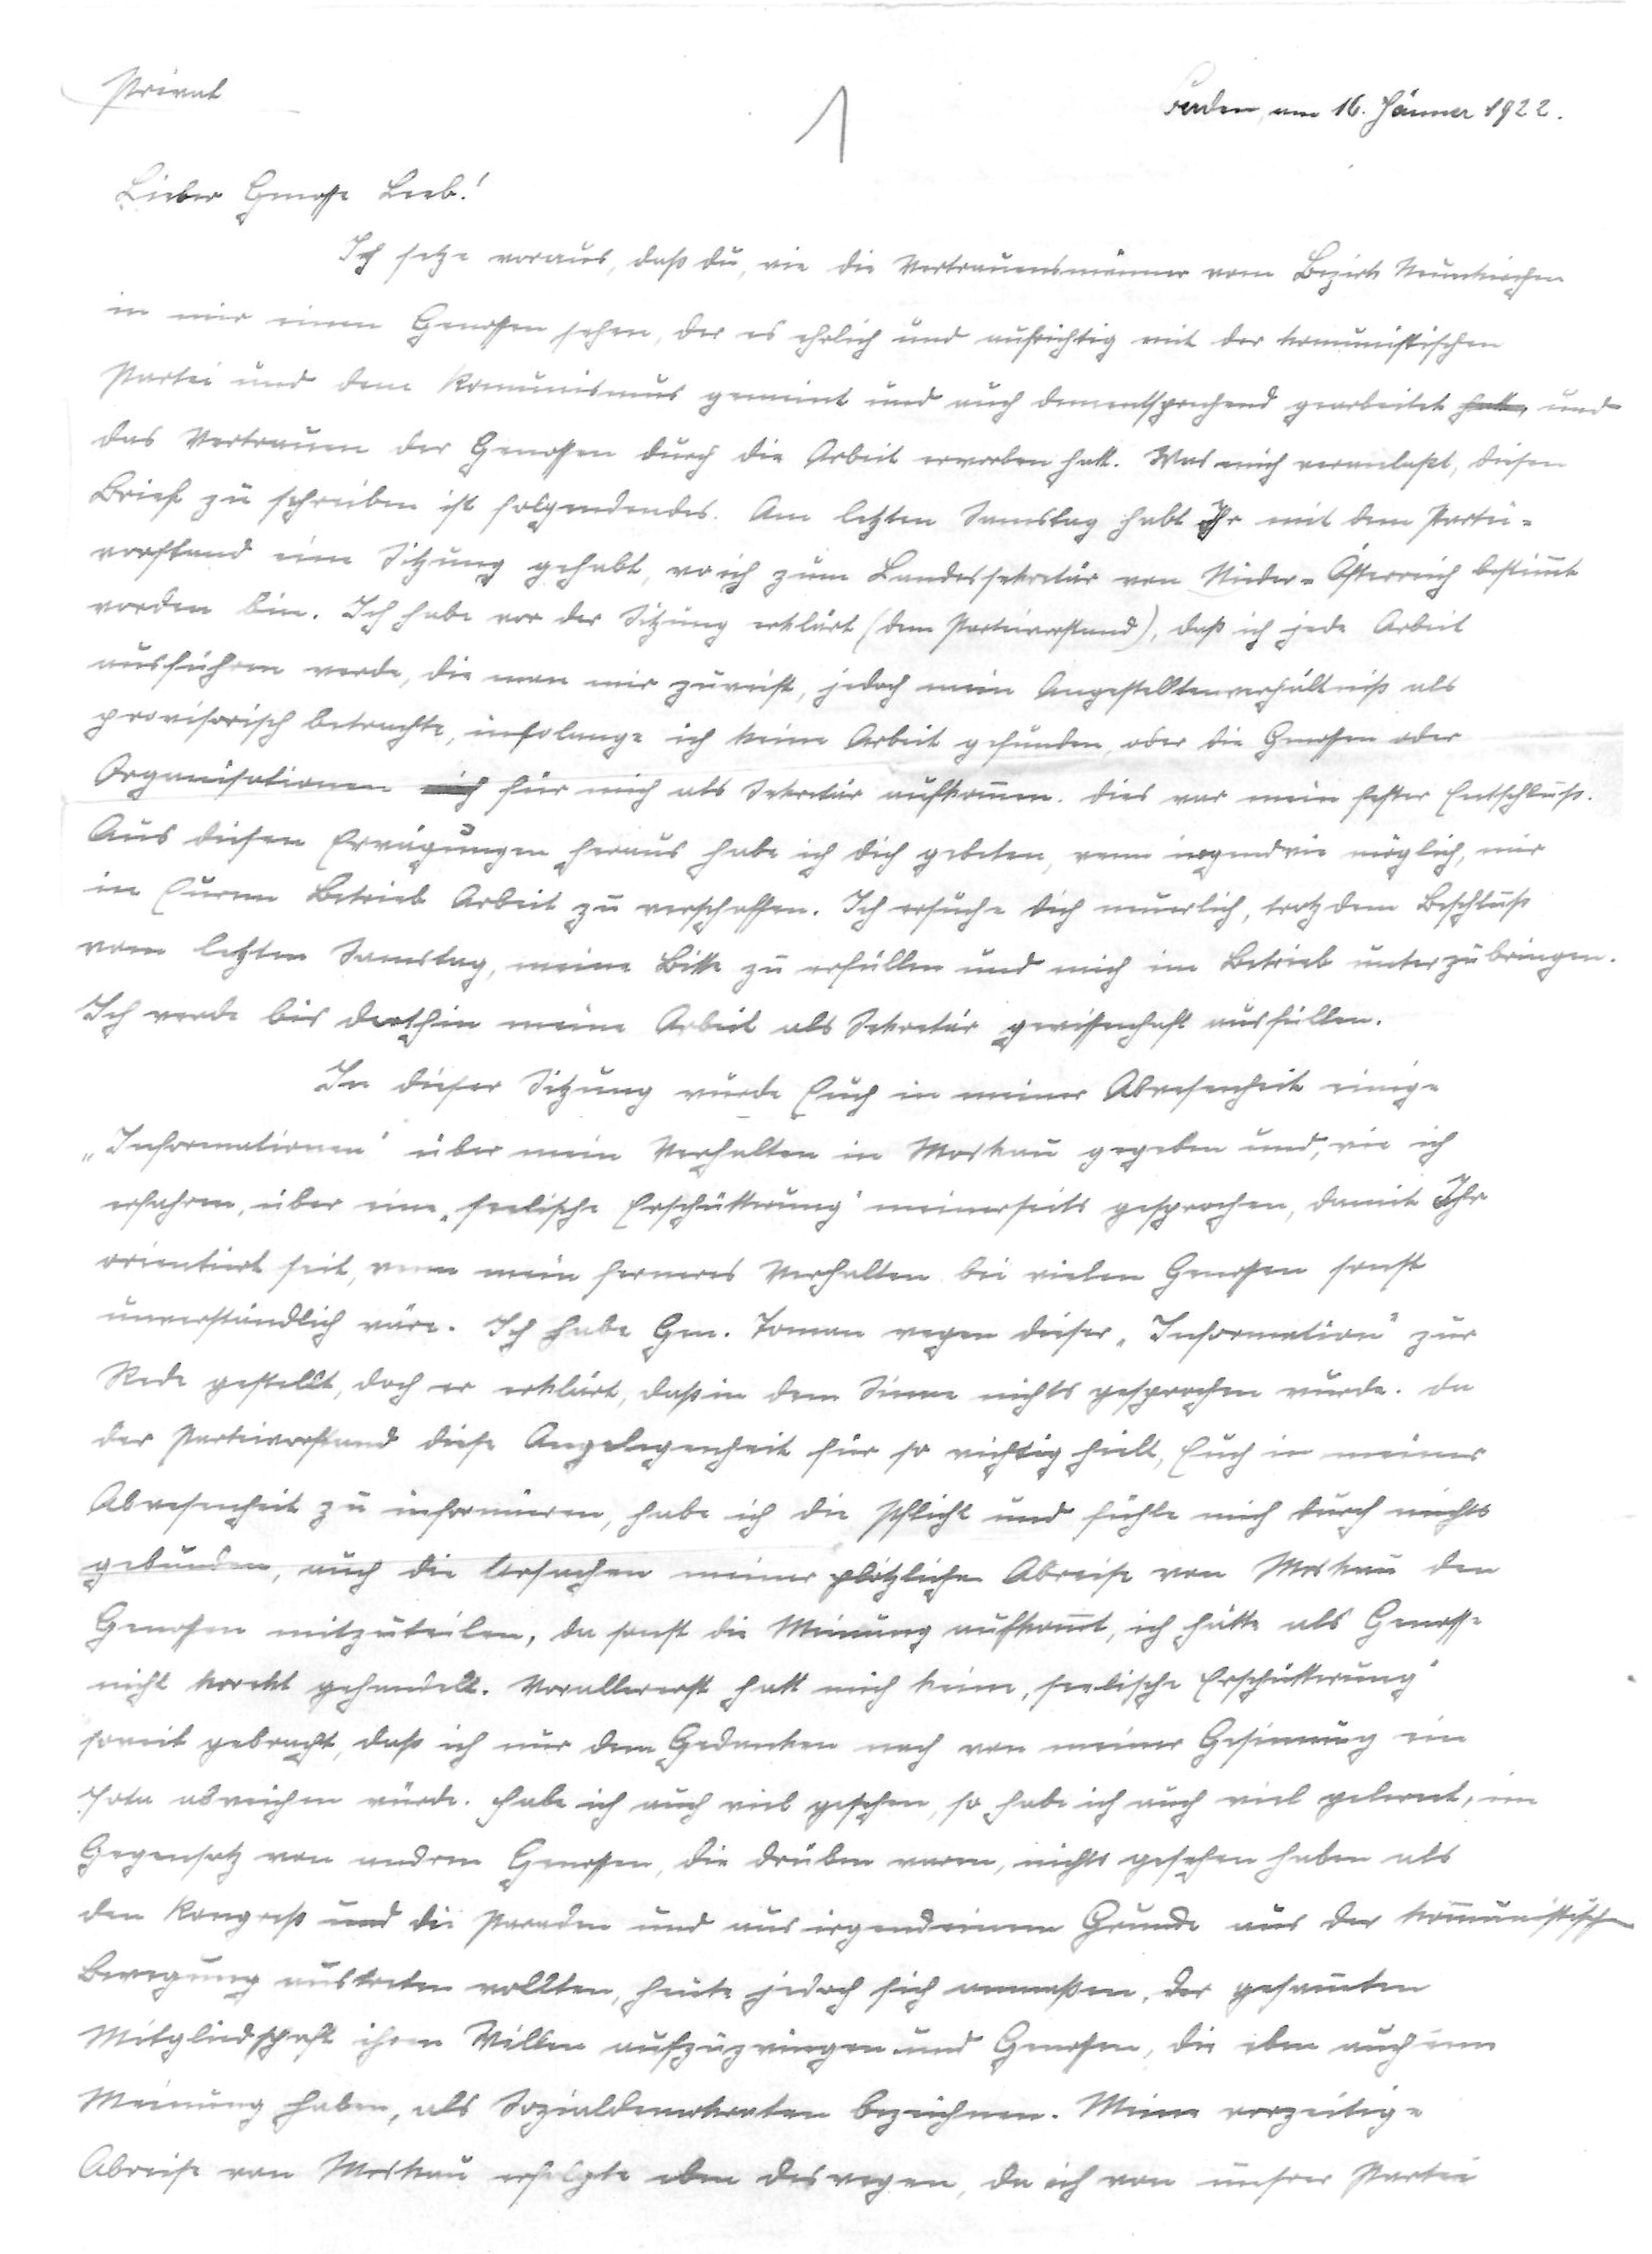
Baden, am 16. Jänner 1922
Privat
1
Lieber Genosse Leeb!
Ich sehe voraus, daß du, wie die Vertrauensmänner vom Bezirk Neunkirchen
in mir einen Genossen sehen, der es ehrlich und aufrichtig mit der komunistischen
Partei und dem Komunismus gemeint und auch dementsprechend gearbeitet hatt, und
das Vertrauen der Genossen durch die Arbeit erworben hatt. Was mich veranlaßt, diesen
Brief zu schreiben ist folgendendes. Am letzten Samstag habt Ihr mit dem Partei¬
vorstand eine Sitzung gehabt, wo ich zum Landessekretär von Nieder-Österreich bestimmt
worden bin. Ich habe vor der Sitzung erklärt (dem Parteivorstand), daß ich jede Arbeit
ausführen werde, die man mir zuweist, jedoch mein Angestelltenverhältniß als
provisorisch betrachte, insolange ich keine Arbeit gefunden, oder die Genossen oder
Organisationen mich für mich als Sekretär aufkommen. Dies war mein fester Entschluß.
Aus diesen Erwägungen heraus habe ich dich gebeten, wenn irgendwie möglich, mir
in Eurem Betrieb Arbeit zu verschaffen. Ich ersuche dich neuerlich, trotz dem Beschluß
vom letzten Samstag, meine Bitte zu erfüllen und mich im Betrieb unterzubringen.
Ich werde bis dorthin meine Arbeit als Sekretär gewissenhaft ausfüllen.
In dieser Sitzung wurde Euch in meiner Abwesenheit einige
"Informationen" über mein Verhalten in Moskau gegeben und, wie ich
erfahren, über eine "seelische Erschütterung" meinerseits gesprochen, damit Ihr
orientiert seit, wenn mein ferneres Verhalten bei vielen Genossen sonst
unverständlich wäre. Ich habe Gen. Toman wegen dieser "Information" zur
Rede gestellt, doch er erklärt, daß in dem Sinne nichts gesprochen wurde. Da
der Parteivorstand diese Angelegenheit für so wichtig hielt, Euch in meiner
Abwesenheit zu informieren, habe ich die Pflicht und fühle mich durch nichts
gebunden, auch die Ursachen meiner plötzlichen Abreise von Moskau den
Genossen mitzuteilen, da sonst die Meinung aufkommt, ich hätte als Genosse
nicht korekt gehandelt. Vorallererst hatt mich keine "seelische Erschütterung"
soweit gebracht, daß ich nur dem Gedanken nach von meiner Gesinnung ein
Jota abweichen würde. Habe ich auch viel gesehen, so habe ich auch viel gelernt, im
Gegensatz von andren Genossen, die drüben waren, nichts gesehen haben als
den Kongreß und die Paraden und aus irgendeinem Grunde aus der kommunistischen
Bewegung austreten wollten, heute jedoch sich anmaßen, der gesammten
Mitgliedschaft ihren Willen aufzuzwingen und Genossen, die eben auch eine
Meinung haben, als Sozialdemokraten bezeichnen. Meine vorzeitige
Abreise von Moskau erfolgte eben deswegen, da ich von unserer Partei